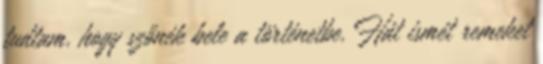
tudtam, hogy szőnék bele a történetbe. Hát ismét remeket